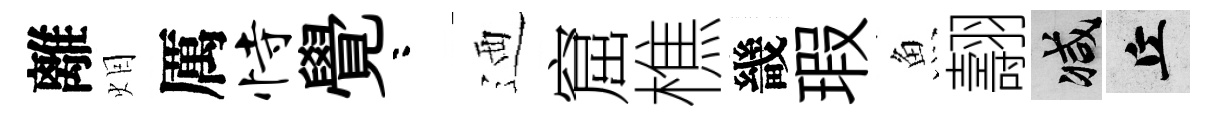
離𤇆厲恃覺咯迺窟樵畿瑕魚翿减丘